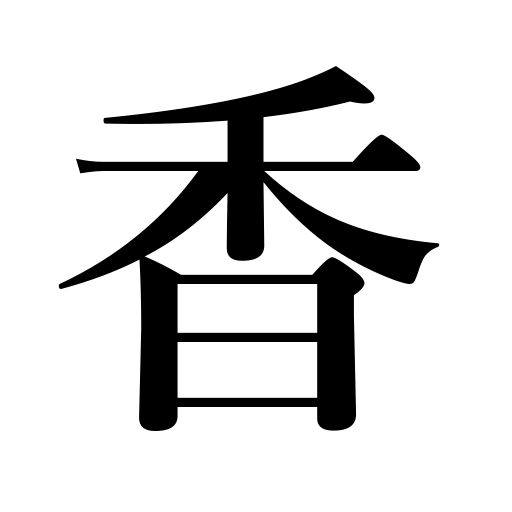
Meanings: incense,aroma,be fragrant,smell,perfume,flavor,fragrance,scent,odor